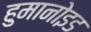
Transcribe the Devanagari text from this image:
हुमानोइड